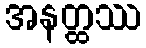
အနတ္ထဿ